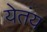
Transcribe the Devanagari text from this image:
येतंय